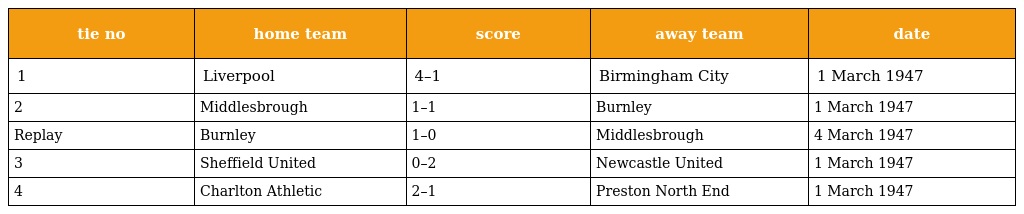
| tie no | home team | score | away team | date |
 | --- | --- | --- | --- | --- |
 | 1 | Liverpool | 4–1 | Birmingham City | 1 March 1947 |
 | 2 | Middlesbrough | 1–1 | Burnley | 1 March 1947 |
 | Replay | Burnley | 1–0 | Middlesbrough | 4 March 1947 |
 | 3 | Sheffield United | 0–2 | Newcastle United | 1 March 1947 |
 | 4 | Charlton Athletic | 2–1 | Preston North End | 1 March 1947 |